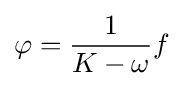
\varphi ={\frac {1}{K-\omega }}f